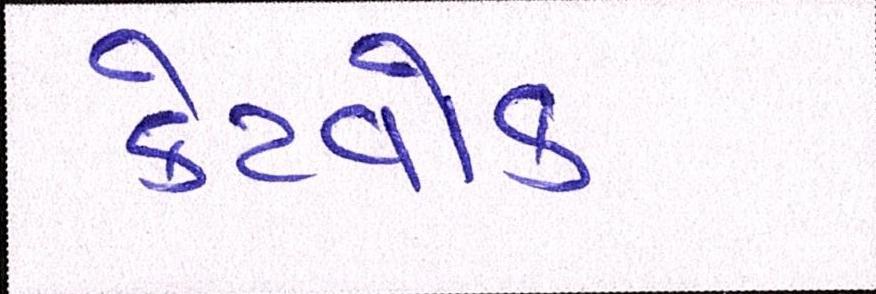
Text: કેટવોક